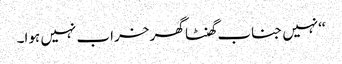
‘‘نہیں جناب گھنٹا گھر خراب نہیں ہوا۔